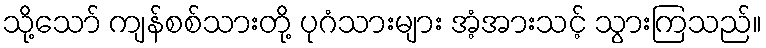
သို့သော် ကျန်စစ်သားတို့ ပုဂံသားများ အံ့အားသင့် သွားကြသည်။